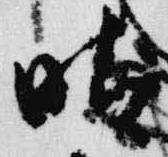
晴